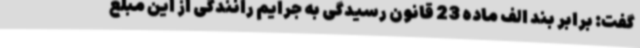
گفت: برابر بند الف ماده 23 قانون رسیدگی به جرایم رانندگی از این مبلغ